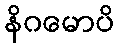
နိဂမောပိ